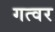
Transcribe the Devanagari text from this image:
गत्वर